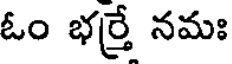
ఓం భర్రే నమః